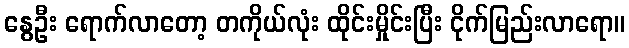
နွေဦး ရောက်လာတော့ တကိုယ်လုံး ထိုင်းမှိုင်းပြီး ငိုက်မြည်းလာရော။